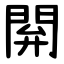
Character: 閞